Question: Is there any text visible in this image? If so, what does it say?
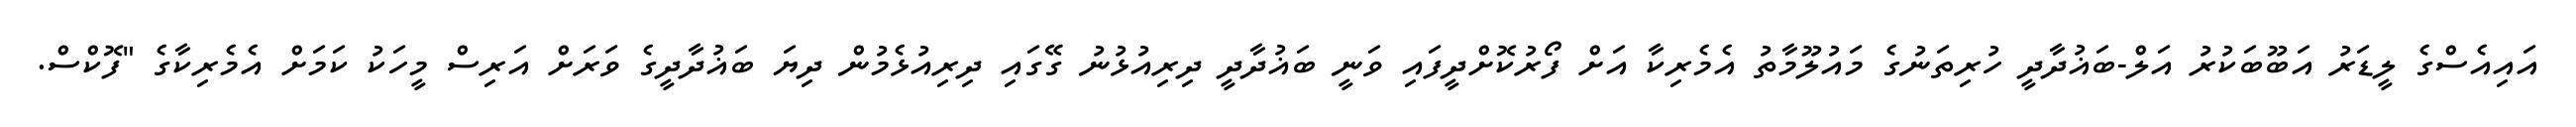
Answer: އައިއެސްގެ ލީޑަރު އަބޫބަކުރު އަލް-ބަޣުދާދީ ހުރިތަނުގެ މައުލޫމާތު އެމެރިކާ އަށް ފޯރުކޮށްދީފައި ވަނީ ބަޣުދާދީ ދިރިއުޅުނު ގޭގައި ދިރިއުޅެމުން ދިޔަ ބަޣުދާދީގެ ވަރަށް އަރިސް މީހަކު ކަމަށް އެމެރިކާގެ "ފޮކްސް.